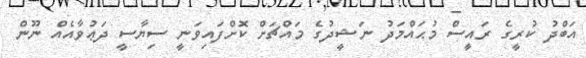
އަބްދު ކުރީގެ ރައީސް މުޙައްމަދު ނަޝީދުގެ މައްޗަށް ކޮށްފައިވަނީ ސިޔާސީ ދަޢުވާއެއް ނޫން